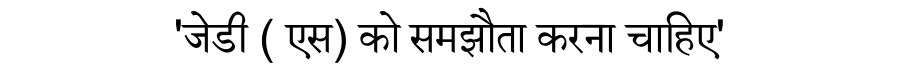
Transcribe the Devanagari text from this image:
'जेडी ( एस) को समझौता करना चाहिए'